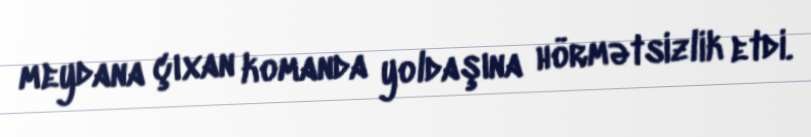
meydana çıxan komanda yoldaşına hörmətsizlik etdi.